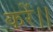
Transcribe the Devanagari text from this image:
करें।।